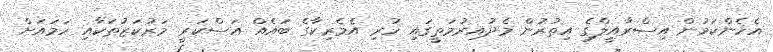
އެހެންކަމުން އިސްރާއީލްގެ އިތުރުން މެދުއިރުމަތީގައި ހުރި އެމެރިކާގެ ބައެއް އަސްކަރީ މަރުކަަޒުތަކާއި ހަމައަށް